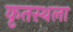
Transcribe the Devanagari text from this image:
कृतस्थला